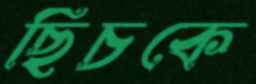
ছিঁচকে